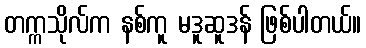
တက္ကသိုလ်က နစ်ကူ မဒူဆူဒန် ဖြစ်ပါတယ်။